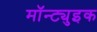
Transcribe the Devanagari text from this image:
मॉन्ट्युइक